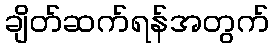
ချိတ်ဆက်ရန်အတွက်